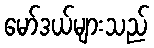
မော်ဒယ်များသည်